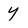
Character: y